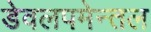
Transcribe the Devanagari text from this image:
डेवलपमेन्तल